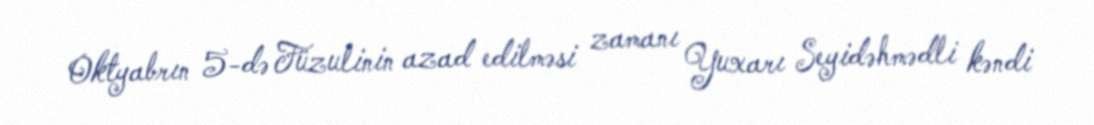
Oktyabrın 5-də Füzulinin azad edilməsi zamanı Yuxarı Seyidəhmədli kəndi